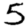
Digit: 5